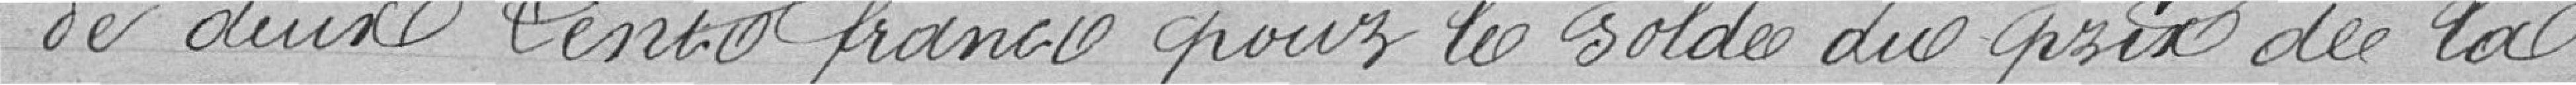
de deux cent francs pour le solde du prix de la